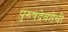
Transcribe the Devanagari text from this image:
पुरुषदेवतेची